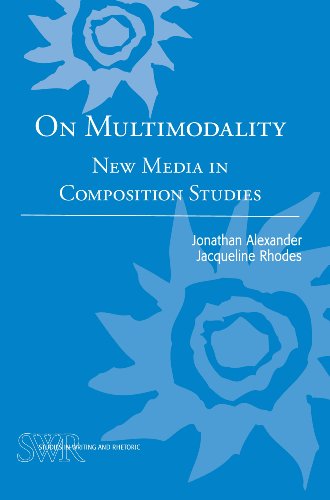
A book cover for On Multimodality: New Media in Composition Studies (Cccc Studies in Writing & Rhetoric); Jonathan Alexander; Reference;